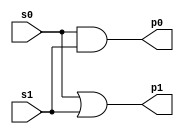
module top_level_module(
	input s0,
	input s1,
	output reg p0,
	output reg p1 
	);
	//always block syntax

	always @(s0,s1) begin
		p0 = s0 & s1;
		p1 = s0 | s1;
	end
endmodule

module stimulus();
	
	reg S0,S1,dummy;
	wire P0,P1;
	top_level_module t(.s0(S0),.s1(S1),.p0(P0),.p1(P1));
	initial begin
		$dumpfile("simulation.vcd");
		$dumpvars(dummy,S0,S1,P0,P1);
		S0 = 1'b0;
		S1 = 1'b0;
	end

	always 
		#1 S0 = ~S0;
	always 
		#2 S1 = ~S1;

	initial 
		#10 $finish;

endmodule